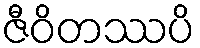
ဇီဝိတဿပိ